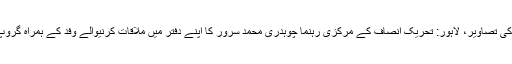
لاہور کی تصاویر، لاہور: تحریک انصاف کے مرکزی رہنما چوہدری محمد سرور کا اپنے دفتر میں ملاقات کرنیوالے وفد کے ہمراہ گروپ فوٹو۔